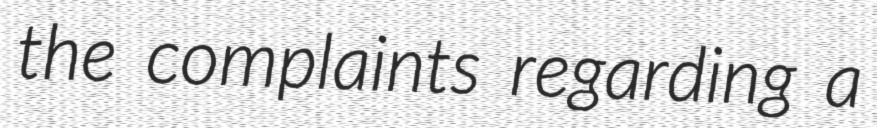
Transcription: the complaints regarding a